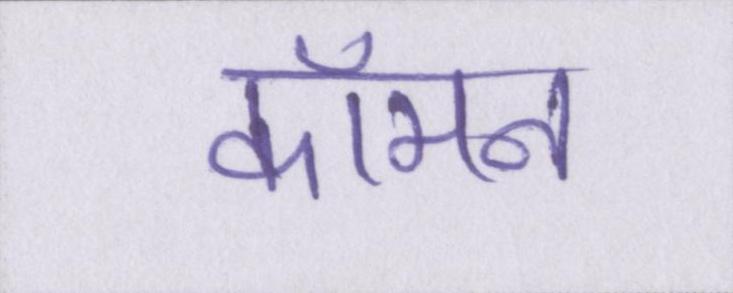
कॉमन